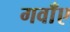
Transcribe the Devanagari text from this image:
गवाँए